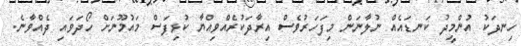
ހިނދަކު އުންމީދު ކަނޑައެއް ނުލާނަން މިފަހަރުވެސް އިރާދަކުރެއްވިއްޔާ ކުޅިފަސް މައުމޫނަށް ހޯދަވައި ދެއްވާނެ.